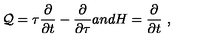
{ \cal { Q } } = \tau \frac { \partial } { \partial t } - \frac { \partial } { \partial \tau } a n d H = \frac { \partial } { \partial t } \ ,